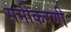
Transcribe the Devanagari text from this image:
समीकरणी